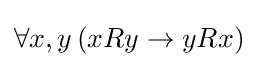
\forall x,y\,(xRy\to yRx)